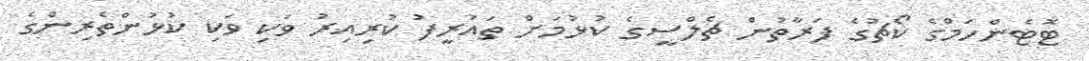
ޓޮޓެންހަމްގެ ކޯޗުގެ ފަރާތުން ޗެލްސީގެ ކުޅުމަށް ތައުރީފު ކުރިއިރު ވަކި ވަކި ކުޅުންތެރިންގެ